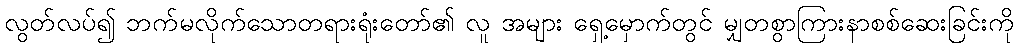
လွတ်လပ်၍ ဘက်မလိုက်သောတရားရုံးတော်၏ လူ အများ ရှေ့မှောက်တွင် မျှတစွာကြားနာစစ်ဆေးခြင်းကို